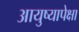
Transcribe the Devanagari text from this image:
आयुष्यापेक्षा